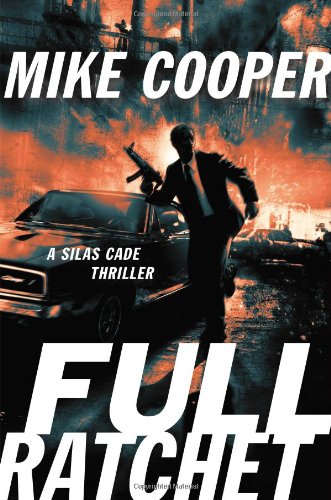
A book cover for Full Ratchet: A Silas Cade Thriller (Silas Cade Thrillers); Mike Cooper; Mystery, Thriller & Suspense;